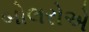
બોલરોએ